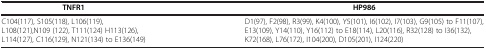
<table><thead><tr><td><b>TNFR1</b></td><td><b>HP986</b></td></tr></thead><tbody><tr><td>C104(117), S105(118), L106(119), L108(121),N109 (122), T111(124) H113(126), L114(127), C116(129), N121(134) to E136(149)</td><td>D1(97), F2(98), R3(99), K4(100), Y5(101), I6(102), I7(103), G9(105) to F11(107), E13(109), Y14(110), Y16(112) to E18(114), L20(116), R32(128) to I36(132), K72(168), L76(172), I104(200), D105(201), I124(220)</td></tr></tbody></table>